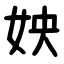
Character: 姎